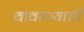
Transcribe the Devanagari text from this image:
वावरण्याची